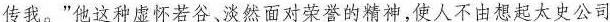
传我。”他这种虚怀若谷、淡然面对荣誉的精神，使人不由想起太史公司